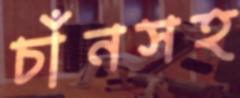
চাঁনসহ